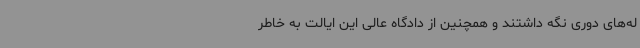
له‌های دوری نگه داشتند و همچنین از دادگاه عالی این ایالت به خاطر